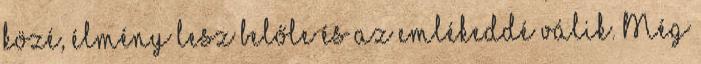
közé, élmény lesz belőle és az emlékeddé válik. Még